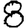
Digit: 8